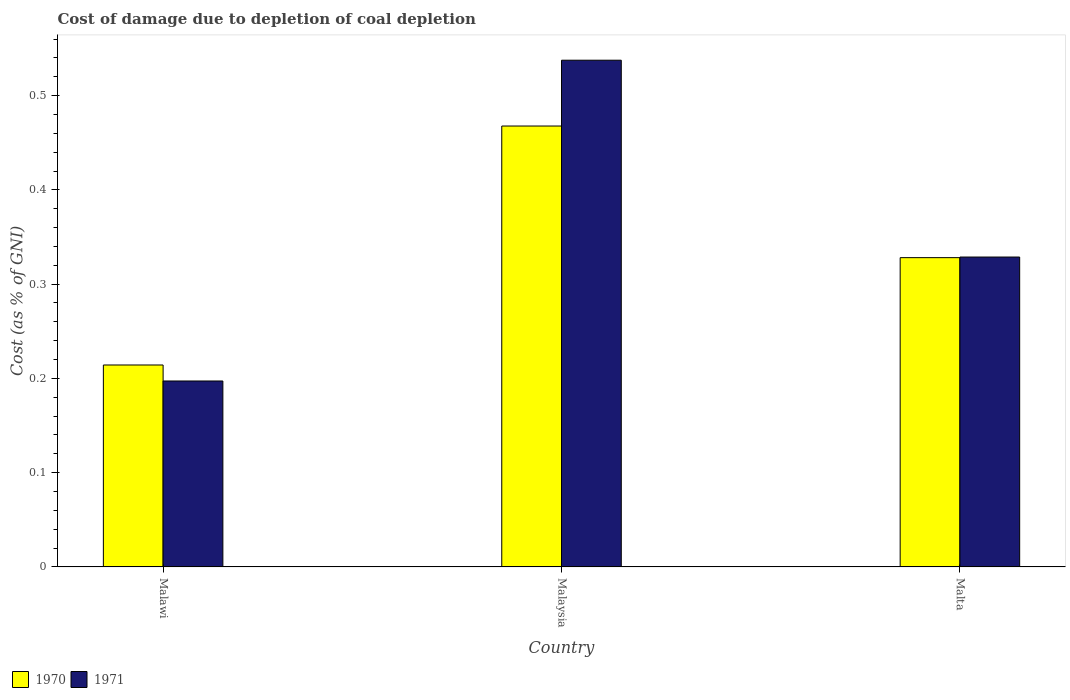
| Country | 1970 | 1971 |
 | --- | --- | --- |
 | Malawi | 0.214 | 0.197 |
 | Malaysia | 0.468 | 0.538 |
 | Malta | 0.328 | 0.329 |